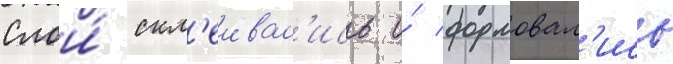
Слои́ скл'еивал'ись и́ формовал'ись